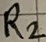
Text: R2